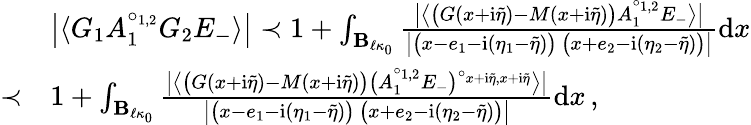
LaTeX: \begin{array}{rl}&{\big\vert\langle G_{1}A_{1}^{\circ_{1,2}}G_{2}E_{-}\rangle\big\vert\prec 1+\int_{\mathbf{B}_{\ell\kappa_{0}}}\frac{\big\vert\big\langle\big(G(x+\mathrm{i}\tilde{\eta})-M(x+\mathrm{i}\tilde{\eta})\big)A_{1}^{\circ_{1,2}}E_{-}\big\rangle\big\vert}{\big\vert\big(x-e_{1}-\mathrm{i}(\eta_{1}-\tilde{\eta})\big)\, \big(x+e_{2}-\mathrm{i}(\eta_{2}-\tilde{\eta})\big)\big\vert}\mathrm{d}x}\\ {\prec}&{1+\int_{\mathbf{B}_{\ell\kappa_{0}}}\frac{\big\vert\big\langle\big(G(x+\mathrm{i}\tilde{\eta})-M(x+\mathrm{i}\tilde{\eta})\big)\big(A_{1}^{\circ_{1,2}}E_{-}\big)^{\circ_{x+\mathrm{i}\tilde{\eta},x+\mathrm{i}\tilde{\eta}}}\big\rangle\big\vert}{\big\vert\big(x-e_{1}-\mathrm{i}(\eta_{1}-\tilde{\eta})\big)\, \big(x+e_{2}-\mathrm{i}(\eta_{2}-\tilde{\eta})\big)\big\vert}\mathrm{d}x\, ,}\end{array}